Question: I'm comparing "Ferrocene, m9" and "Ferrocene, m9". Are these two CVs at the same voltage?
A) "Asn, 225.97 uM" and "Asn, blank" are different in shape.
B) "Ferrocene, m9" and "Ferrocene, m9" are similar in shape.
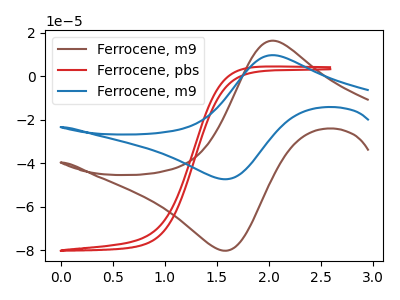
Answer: <think>The brown curve "Ferrocene, m9" has an anodic peak at (2.05V, 16.25uA) and a cathodic peak at (1.55V, -80.25uA). The red curve "Ferrocene, pbs" has no peaks. The blue curve "Ferrocene, m9" has an anodic peak at (2.05V, 9.60uA) and a cathodic peak at (1.55V, -47.40uA).
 All the peaks in "Ferrocene, m9" have a peak in "Ferrocene, m9" at the same potential. Every peak in "Ferrocene, m9" is higher than every peak in "Ferrocene, m9".</think>
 <answer>B) "Ferrocene, m9" and "Ferrocene, m9" are similar in shape.</answer>
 <eval>B</eval>